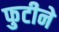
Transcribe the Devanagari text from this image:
फुटीने